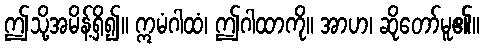
ဤသို့အမိန့်ရှိ၍။ ဣမံဂါထံ၊ ဤဂါထာကို။ အာဟ၊ ဆိုတော်မူ၏။